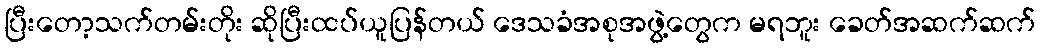
ပြီးတော့သက်တမ်းတိုး ဆိုပြီးထပ်ယူပြန်တယ် ဒေသခံအစုအဖွဲ့တွေက မရဘူး ခေတ်အဆက်ဆက်